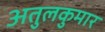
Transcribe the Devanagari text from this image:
अतुलकुमार